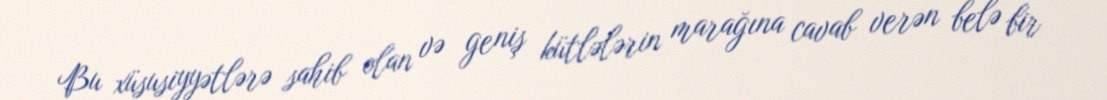
Bu xüsusiyyətlərə sahib olan və geniş kütlələrin marağına cavab verən belə bir